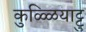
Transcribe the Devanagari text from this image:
कुळ्ळियाट्टु